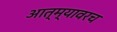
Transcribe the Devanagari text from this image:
आत्म्यावरच